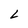
Character: L